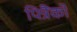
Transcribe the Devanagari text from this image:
पित्रैंको